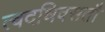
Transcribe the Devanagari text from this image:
त्वदधिवसतौ